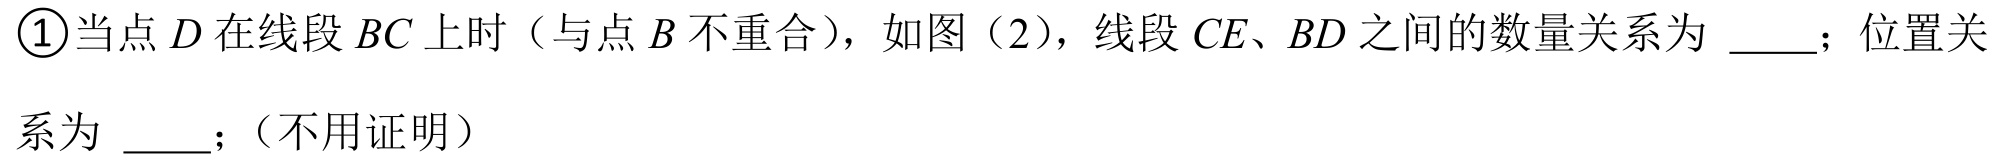
\textcircled{1}当点\(D\)在线段\(BC\)上时（与点\(B\)不重合），如图（2），线段\(CE、BD\)之间的数量关系为 \_\_\_；位置关
系为 \_\_\_；（不用证明）